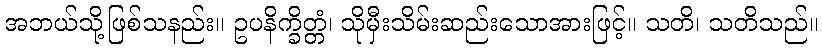
အဘယ်သို့ဖြစ်သနည်း။ ဥပနိက္ခိတ္တံ၊ သိုမှီးသိမ်းဆည်းသောအားဖြင့်။ သတိ၊ သတိသည်။